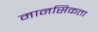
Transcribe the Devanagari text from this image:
मानसिकता